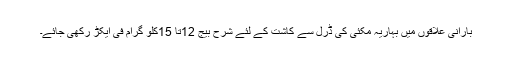
بارانی علاقوں میں بہاریہ مکئی کی ڈرل سے کاشت کے لئے شرح بیج 12تا 15کلو گرام فی ایکڑ رکھی جائے۔